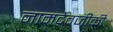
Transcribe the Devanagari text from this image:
नामदेवजीकी